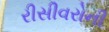
રીસીવરોની